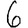
Digit: 6